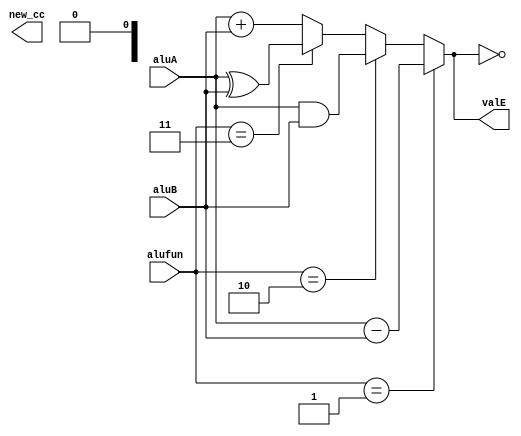
// This is the executing block 

module alu(aluA,aluB,alufun,valE,new_cc);
    input [31:0] aluA,aluB;
    input [3:0] alufun;
    output [31:0] valE;
    output [2:0] new_cc;

    parameter ALUADD = 4'h0;
    parameter ALUSUB = 4'h1;
    parameter ALUAND = 4'h2;
    parameter ALUXOR = 4'h3;

    assign  valE=
            alufun == ALUSUB ? aluA-aluB:
            alufun == ALUAND ? aluA & aluB:
            alufun == ALUXOR ? aluA ^ aluB:
            aluA+aluB;
    assign new_cc[2] = (valE == 0); // ZF
    assign new_cc[1] = valE[63]; // SF
    assign new_cc[0] = alufun == ALUADD ? (aluA[63] == aluB[63]) & (aluA[63] != valE[63]) :
                        alufun == ALUSUB ? (~aluA[63] == aluB[63]) & (aluB[63] != valE[63]) :
                        0; // OF
endmodule

module set (
    icode ,set_cc
);
    input [3:0] icode;
    output set_cc;
    assign set_cc=(icode!=4'h6);
endmodule

module condition_codes(
    cc,set_cc,alufun,Cnd
);
    input [2:0] cc;
    input set_cc;
    input [3:0] alufun;
    output Cnd;
    wire zf,sf,of;
    assign zf=cc[2];
    assign sf=cc[1];
    assign of=cc[0];
    parameter C_YES = 4'h0;
    parameter C_LE = 4'h1;
    parameter C_L = 4'h2;
    parameter C_E = 4'h3;
    parameter C_NE = 4'h4;
    parameter C_GE = 4'h5;
    parameter C_G = 4'h6;

    assign Cnd =(set_cc) & ((alufun == C_YES) |
                (alufun == C_LE & ((sf^of)|zf)) | 
                (alufun == C_L & (sf^of)) |
                (alufun == C_E & zf) | 
                (alufun == C_NE & ~zf) | 
                (alufun == C_GE & (~sf^of)) | 
                (alufun == C_G & (~sf^of)&~zf)); 
endmodule

module execute (
    icode,ifun,valC,valA,valB,valE,Cnd
);
    input [3:0] icode,ifun;
    input [31:0] valA,valB,valC;
    output [31:0] valE;
    output Cnd;
    wire set_cc;
    wire [31:0] aluA,aluB;
    wire [2:0] new_cc;
    wire [3:0] alufun;
    assign aluA=valA;
    assign aluB=valB;
    assign alufun=ifun;
    alu alublock(aluA,aluB,alufun,valE,new_cc);
    set cc(icode,set_cc);
    condition_codes ccc(new_cc,set_cc,alufun,Cnd);
endmodule